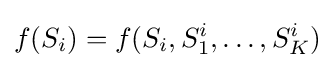
f(S_{i})=f(S_{i},S_{1}^{i},\dots ,S_{K}^{i})